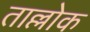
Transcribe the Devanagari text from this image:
ताल्लोक